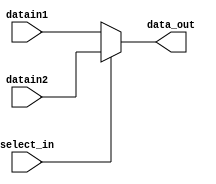
//=========================================================================
// Name & Email must be EXACTLY as in Gradescope roster!
// Name: Christopher Arellano
// 
// Assignment name: Lab 04
// Lab section: 021 
// TA: Quan Fan
// 
// I hereby certify that I have not received assistance on this assignment,
// or used code, from ANY outside source other than the instruction team
// (apart from what was provided in the starter file).
//
//=========================================================================

`timescale 1ns / 1ps

module mux_2_1 (select_in, datain1, datain2, data_out);

// Parameters 
parameter WORD_SIZE = 32 ; 

// Input and outputs 
// Modelling with Continuous Assignments 

input  wire select_in ;  
input  wire [WORD_SIZE-1:0] datain1 ; 
input  wire [WORD_SIZE-1:0] datain2 ; 
output wire [WORD_SIZE-1:0] data_out ;

assign data_out = (select_in) ? datain2 : datain1;

endmodule